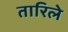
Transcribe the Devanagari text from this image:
तारिले